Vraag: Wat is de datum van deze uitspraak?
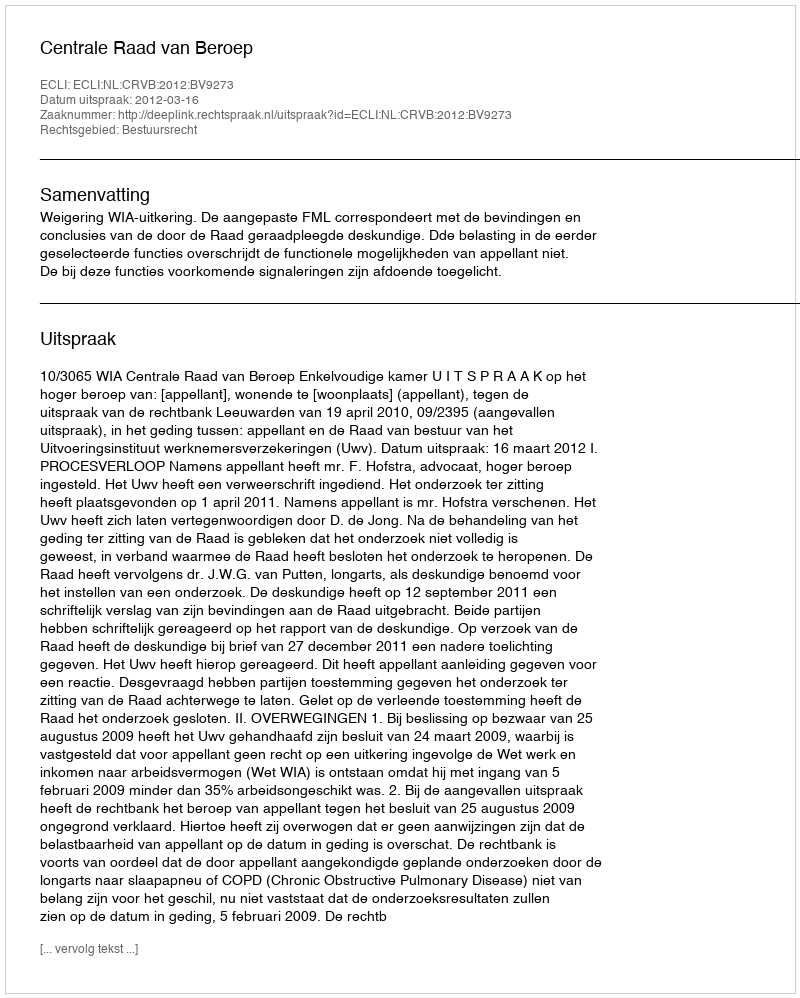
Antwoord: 2012-03-16